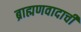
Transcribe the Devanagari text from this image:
ब्राह्मणवादाची